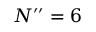
N ^ { \prime \prime } = 6